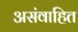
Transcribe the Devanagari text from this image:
असंवाहित